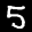
Label: 5